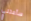
سأعتني